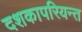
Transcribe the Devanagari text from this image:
दशकापरियन्त